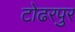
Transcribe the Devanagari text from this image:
टोढरपुर